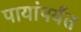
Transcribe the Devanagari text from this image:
पायांपर्यंत